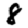
Digit: 8